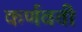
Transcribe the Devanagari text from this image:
कर्णवती